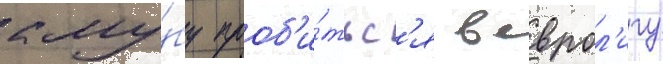
клу́бу проб'и́тьс'я в еврол'игу